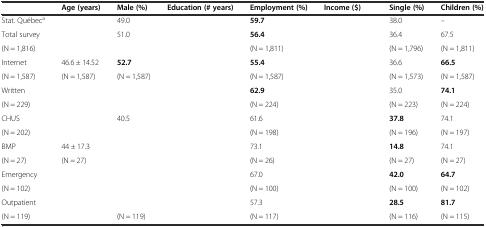
<table><thead><tr><td>[EMPTY_CELL]</td><td><b>Age (years)</b></td><td><b>Male (%)</b></td><td><b>Education (# years)</b></td><td><b>Employment (%)</b></td><td><b>Income ($)</b></td><td><b>Single (%)</b></td><td><b>Children (%)</b></td></tr></thead><tbody><tr><td>Stat. Québec<sup>a</sup></td><td>[EMPTY_CELL]</td><td>49.0</td><td>[EMPTY_CELL]</td><td><b>59.7</b></td><td>[EMPTY_CELL]</td><td>38.0</td><td>--</td></tr><tr><td>Total survey</td><td>[EMPTY_CELL]</td><td>51.0</td><td>[EMPTY_CELL]</td><td><b>56.4</b></td><td>[EMPTY_CELL]</td><td>36.4</td><td>67.5</td></tr><tr><td>(N = 1,816)</td><td>[EMPTY_CELL]</td><td>[EMPTY_CELL]</td><td>[EMPTY_CELL]</td><td>(N = 1,811)</td><td>[EMPTY_CELL]</td><td>(N = 1,796)</td><td>(N = 1,811)</td></tr><tr><td>Internet</td><td>46.6 ± 14.52</td><td><b>52.7</b></td><td>[EMPTY_CELL]</td><td><b>55.4</b></td><td>[EMPTY_CELL]</td><td>36.6</td><td><b>66.5</b></td></tr><tr><td>(N = 1,587)</td><td>(N = 1,587)</td><td>(N = 1,587)</td><td>[EMPTY_CELL]</td><td>(N = 1,587)</td><td>[EMPTY_CELL]</td><td>(N = 1,573)</td><td>(N = 1,587)</td></tr><tr><td>Written</td><td>[EMPTY_CELL]</td><td>[EMPTY_CELL]</td><td>[EMPTY_CELL]</td><td><b>62.9</b></td><td>[EMPTY_CELL]</td><td>35.0</td><td><b>74.1</b></td></tr><tr><td>(N = 229)</td><td>[EMPTY_CELL]</td><td>[EMPTY_CELL]</td><td>[EMPTY_CELL]</td><td>(N = 224)</td><td>[EMPTY_CELL]</td><td>(N = 223)</td><td>(N = 224)</td></tr><tr><td>CHUS</td><td>[EMPTY_CELL]</td><td>40.5</td><td>[EMPTY_CELL]</td><td>61.6</td><td>[EMPTY_CELL]</td><td><b>37.8</b></td><td>74.1</td></tr><tr><td>(N = 202)</td><td>[EMPTY_CELL]</td><td>[EMPTY_CELL]</td><td>[EMPTY_CELL]</td><td>(N = 198)</td><td>[EMPTY_CELL]</td><td>(N = 196)</td><td>(N = 197)</td></tr><tr><td>BMP</td><td>44 ± 17.3</td><td>[EMPTY_CELL]</td><td>[EMPTY_CELL]</td><td>73.1</td><td>[EMPTY_CELL]</td><td><b>14.8</b></td><td>74.1</td></tr><tr><td>(N = 27)</td><td>(N = 27)</td><td>[EMPTY_CELL]</td><td>[EMPTY_CELL]</td><td>(N = 26)</td><td>[EMPTY_CELL]</td><td>(N = 27)</td><td>(N = 27)</td></tr><tr><td>Emergency</td><td>[EMPTY_CELL]</td><td>[EMPTY_CELL]</td><td>[EMPTY_CELL]</td><td>67.0</td><td>[EMPTY_CELL]</td><td><b>42.0</b></td><td><b>64.7</b></td></tr><tr><td>(N = 102)</td><td>[EMPTY_CELL]</td><td>[EMPTY_CELL]</td><td>[EMPTY_CELL]</td><td>(N = 100)</td><td>[EMPTY_CELL]</td><td>(N = 100)</td><td>(N = 102)</td></tr><tr><td>Outpatient</td><td>[EMPTY_CELL]</td><td>[EMPTY_CELL]</td><td>[EMPTY_CELL]</td><td>57.3</td><td>[EMPTY_CELL]</td><td><b>28.5</b></td><td><b>81.7</b></td></tr><tr><td>(N = 119)</td><td>[EMPTY_CELL]</td><td>(N = 119)</td><td>[EMPTY_CELL]</td><td>(N = 117)</td><td>[EMPTY_CELL]</td><td>(N = 116)</td><td>(N = 115)</td></tr></tbody></table>